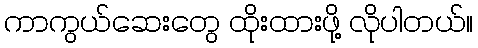
ကာကွယ်ဆေးတွေ ထိုးထားဖို့ လိုပါတယ်။